Scottish Leaving Certificate Examination, 1960
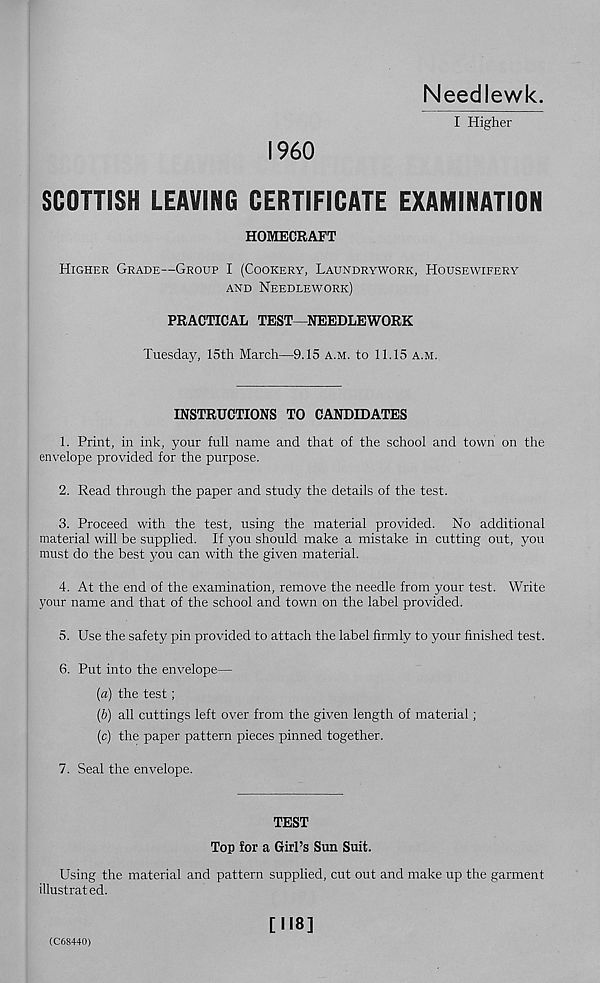
Needlewk.
I Higher
I960
SCOTTISH LEAVING CERTIFICATE EXAMINATION
HOMECRAFT
Higher Grade—Group I (Cookery, Laundrywork, Housewifery
and Needlework)
PRACTICAL TEST—NEEDLEWORK
Tuesday, 15th March—9.15 a.m. to 11.15 a.m.
INSTRUCTIONS TO CANDIDATES
1. Print, in ink, your full name and that of the school and town on the
envelope provided for the purpose.
2. Read through the paper and study the details of the test.
3. Proceed with the test, using the material provided. No additional
material will be supplied. If you should make a mistake in cutting out, you
must do the best you can with the given material.
4. At the end of the examination, remove the needle from your test. Write
your name and that of the school and town on the label provided.
5. Use the safety pin provided to attach the label firmly to your finished test.
6. Put into the envelope—
[а) the test;
(б) all cuttings left over from the given length of material;
(c) the paper pattern pieces pinned together.
7. Seal the envelope.
TEST
Top for a Girl’s Sun Suit.
Using the material and pattern supplied, cut out and make up the garment
illustrated.
[118]
(C68440)